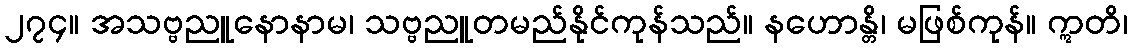
၂၇၄။ အသဗ္ဗညူနောနာမ၊ သဗ္ဗညူတမည်နိုင်ကုန်သည်။ နဟောန္တိ၊ မဖြစ်ကုန်။ ဣတိ၊